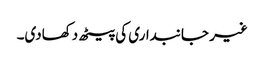
غیر جانبداری کی پیٹھ دکھادی۔